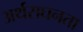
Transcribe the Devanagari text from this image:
अर्थसघनता